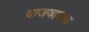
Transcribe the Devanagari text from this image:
वाजवायचा